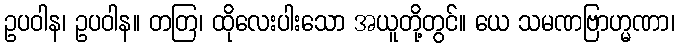
ဥပဝါန၊ ဥပဝါန။ တတြ၊ ထိုလေးပါးသော အယူတို့တွင်။ ယေ သမဏဗြာဟ္မဏာ၊